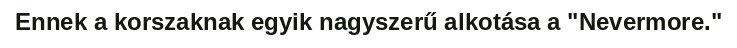
Ennek a korszaknak egyik nagyszerű alkotása a "Nevermore."